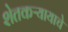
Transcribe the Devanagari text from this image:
शेतकऱ्यायाचे